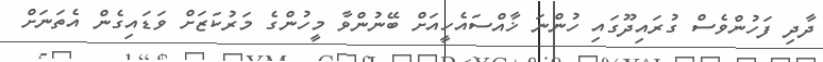
ދާދި ފަހުންވެސް ގުރައިދޫގައި ހުންނަ ޚާއްސައެހީއަށް ބޭނުންވާ މީހުންގެ މަރުކަޒަށް ވަޑައިގެން އެތަނަށް